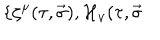
LaTeX: \{ \zeta ^ { \mu } ( \tau , \vec { \sigma } ) , { \cal H } _ { \nu } ( \tau , \vec { \sigma }